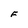
Character: F